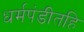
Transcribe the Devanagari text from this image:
धर्मपंडीतहि